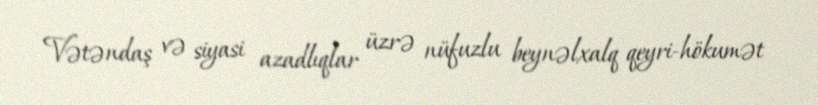
Vətəndaş və siyasi azadlıqlar üzrə nüfuzlu beynəlxalq qeyri-hökumət